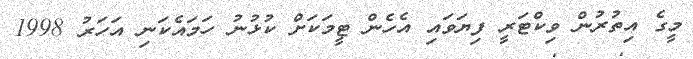
މީގެ އިތުރުން ވިކްޓަރީ ފިޔަވައި އެހެން ޓީމަކަށް ކުޅުނު ހަމައެކަނި އަހަރު 1998